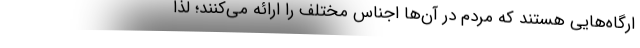
ارگاه‌هایی هستند که مردم در آن‌ها اجناس مختلف را ارائه می‌کنند؛ لذا